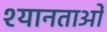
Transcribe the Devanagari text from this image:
श्यानताओं